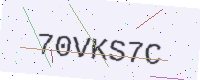
Text: 70VKS7C